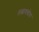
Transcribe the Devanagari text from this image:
तत्वावबोध